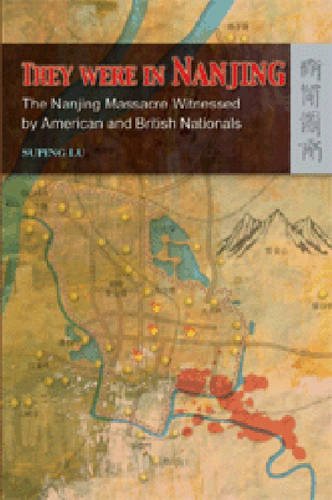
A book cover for They Were in Nanjing: The Nanjing Massacre Witnessed by American and British Nationals; Suping Lu; History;